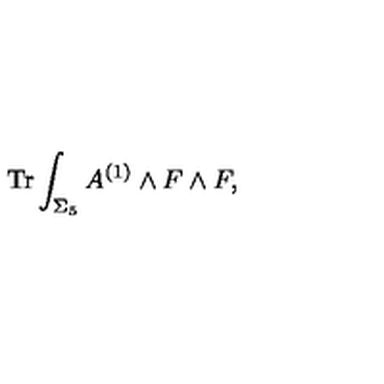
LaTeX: \mathrm { T r } \int _ { \Sigma _ { 5 } } A ^ { ( 1 ) } \wedge F \wedge F ,